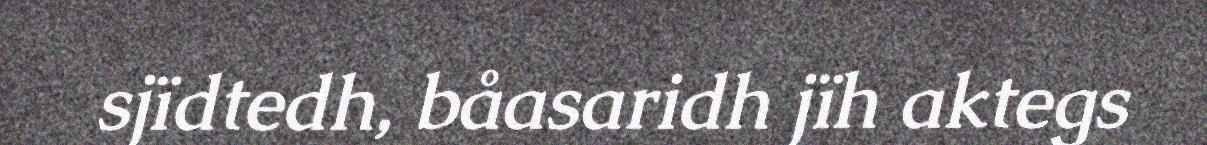
sjïdtedh, båasaridh jïh aktegs